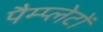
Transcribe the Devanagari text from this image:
पैम्प्लेटों